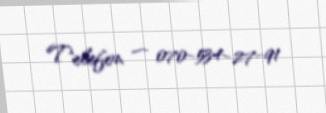
Telefon — 070-534-27-91